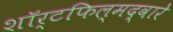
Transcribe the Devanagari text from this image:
शॉर्टफिल्मद्वारे